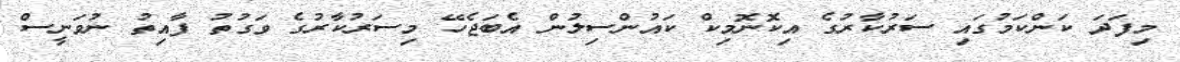
މިފަދަ ކަންކަމުގައި ސަރުކާރުގެ އިކޮނޮމިކް ކަައުންސިލުން އެބަޖެހޭ މިސަރުކާރުގެ ވަގުތު ފާއިތު ނުވަނީސް